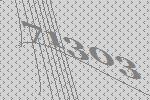
71303